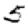
Digit: 5